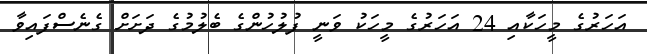
އަހަރުގެ މީހަކާއި 24 އަހަރުގެ މީހަކު ވަނީ ފުލުހުންގެ ބެލުމުގެ ދަށަށް ގެނެސްފައިވާ